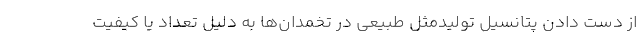
از دست دادن پتانسیل تولیدمثل طبیعی در تخمدان‌ها به دلیل تعداد یا کیفیت